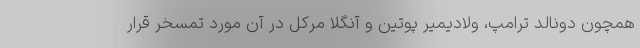
همچون دونالد ترامپ، ولادیمیر پوتین و آنگلا مرکل در آن مورد تمسخر قرار